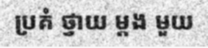
ប្រគំ ថ្វាយ ម្តង មួយ